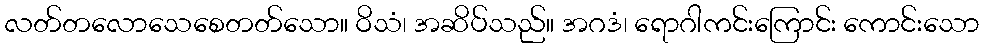
လတ်တလောသေစေတတ်သော။ ဝိသံ၊ အဆိပ်သည်။ အဂဒံ၊ ရောဂါကင်းကြောင်း ကောင်းသော